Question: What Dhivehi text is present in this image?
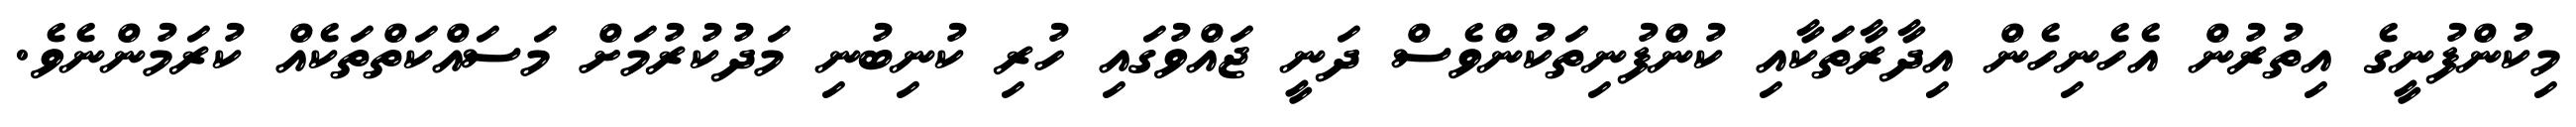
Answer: މިކުންފުނީގެ އިތުރުން އެހެނިހެން އިދާރާތަކާއި ކުންފުނިތަކުންވެސް ދަނީ ޖައްވުގައި ހުރި ކުނިބުނި މަދުކުރުމަށް މަސައްކަތްތަކެއް ކުރަމުންނެވެ.